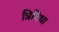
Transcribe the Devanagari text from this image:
त्रिविधा